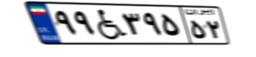
۹۹W۳۹۵۵۲